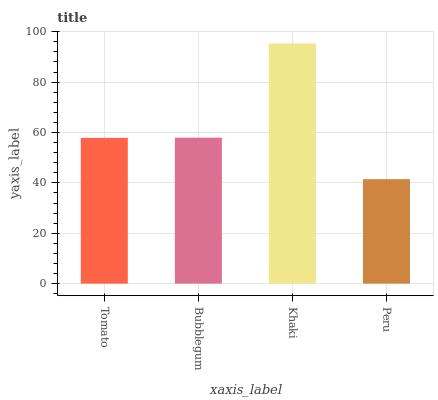
| xaxis_label | bars |
 | --- | --- |
 | Tomato | 57.8 |
 | Bubblegum | 57.9 |
 | Khaki | 95.3 |
 | Peru | 41.5 |